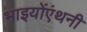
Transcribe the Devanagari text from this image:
भाइयोंएंथनी